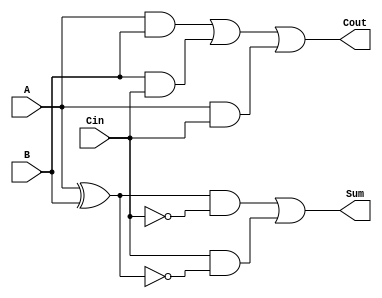
module TransmissionGateFullAdder (
    input wire A,     // First operand
    input wire B,     // Second operand
    input wire Cin,   // Carry-in
    output wire Sum,  // Sum output
    output wire Cout  // Carry-out output
);

    // Intermediate signals
    wire AB_xor;      // A XOR B
    wire AB_and;      // A AND B
    wire AB_Cin_and;  // (A XOR B) AND Cin
    wire B_Cin_and;   // B AND Cin
    wire A_Cin_and;   // A AND Cin

    // Calculate intermediate signals
    assign AB_xor = A ^ B;                // A XOR B
    assign AB_and = A & B;                // A AND B
    assign AB_Cin_and = AB_xor & Cin;     // (A XOR B) AND Cin
    assign B_Cin_and = B & Cin;           // B AND Cin
    assign A_Cin_and = A & Cin;           // A AND Cin

    // Sum output using transmission gates
    wire Sum_temp1, Sum_temp2;
    assign Sum_temp1 = (AB_xor & ~Cin) | (Cin & ~AB_xor); // implementing A XOR B XOR Cin
    assign Sum_temp2 = Sum_temp1; // Directly assign for simplicity

    // Cout output using transmission gates
    wire Cout_temp1, Cout_temp2, Cout_temp3;
    assign Cout_temp1 = AB_and;                   // A AND B
    assign Cout_temp2 = B_Cin_and;                // B AND Cin
    assign Cout_temp3 = A_Cin_and;                // A AND Cin

    // Final Cout output
    assign Cout = Cout_temp1 | Cout_temp2 | Cout_temp3; // (A AND B) OR (B AND Cin) OR (A AND Cin)

    // Final outputs
    assign Sum = Sum_temp2;
    // Cout is already assigned

endmodule